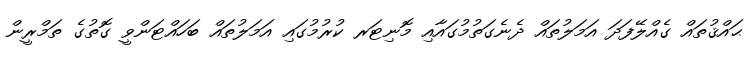
ޙައްޤުތައް ގެއްލޭފަދަ އަމަލުތައް ދެނެގަތުމުގައާއި މޮނިޓަރ ކުރުމުގައި އަމަލުތައް ބަހައްޓަންވީ ގޮތުގެ ތަމްރީން